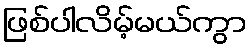
ဖြစ်ပါလိမ့်မယ်ကွာ